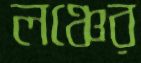
লঞ্চের